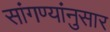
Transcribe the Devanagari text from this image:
सांगण्यांनुसार